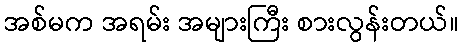
အစ်မက အရမ်း အများကြီး စားလွန်းတယ်။